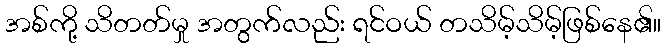
အစ်ကို့ သိတတ်မှု အတွက်လည်း ရင်ဝယ် တသိမ့်သိမ့်ဖြစ်နေ၏။